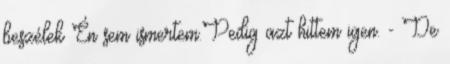
beszélek Én sem ismertem.Pedig azt hittem igen. - De